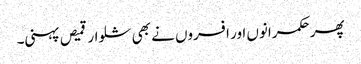
پھر حکمرانوں اور افسروں نے بھی شلوار قمیص پہنی۔